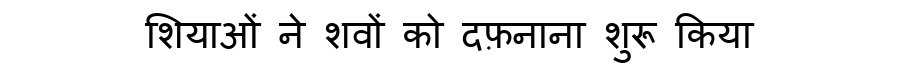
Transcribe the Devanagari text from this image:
शियाओं ने शवों को दफ़नाना शुरू किया